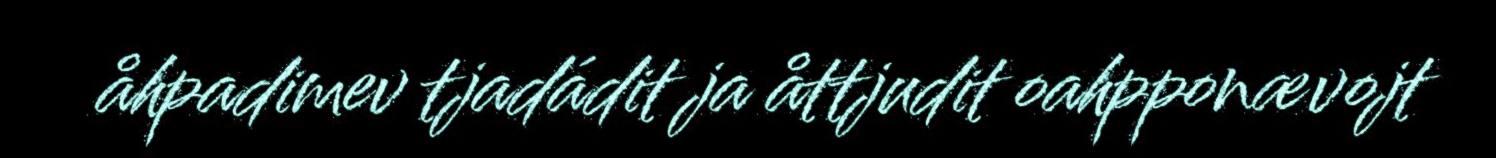
åhpadimev tjadádit ja åttjudit oahpponævojt